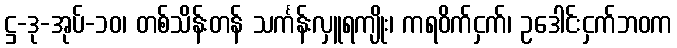
ဋ္ဌ-ဒု-အုပ်-၁၀၊ တစ်သိန်းတန် သင်္ကန်းလှူရကျိုး၊ ကရဝိက်ငှက်၊ ဥဒေါင်းငှက်ဘဝက